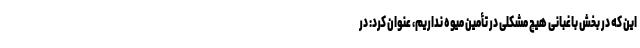
این که در بخش باغبانی هیچ مشکلی در تأمین میوه نداریم، عنوان کرد: در